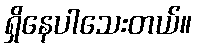
ရှိနေပါသေးတယ်။